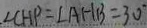
. \angle C H P = \angle A H B = 3 0 ^ { \circ }